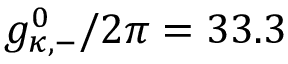
g _ { \kappa , - } ^ { 0 } / 2 \pi = 3 3 . 3